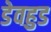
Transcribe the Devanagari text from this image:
डेवहुड